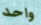
واحد